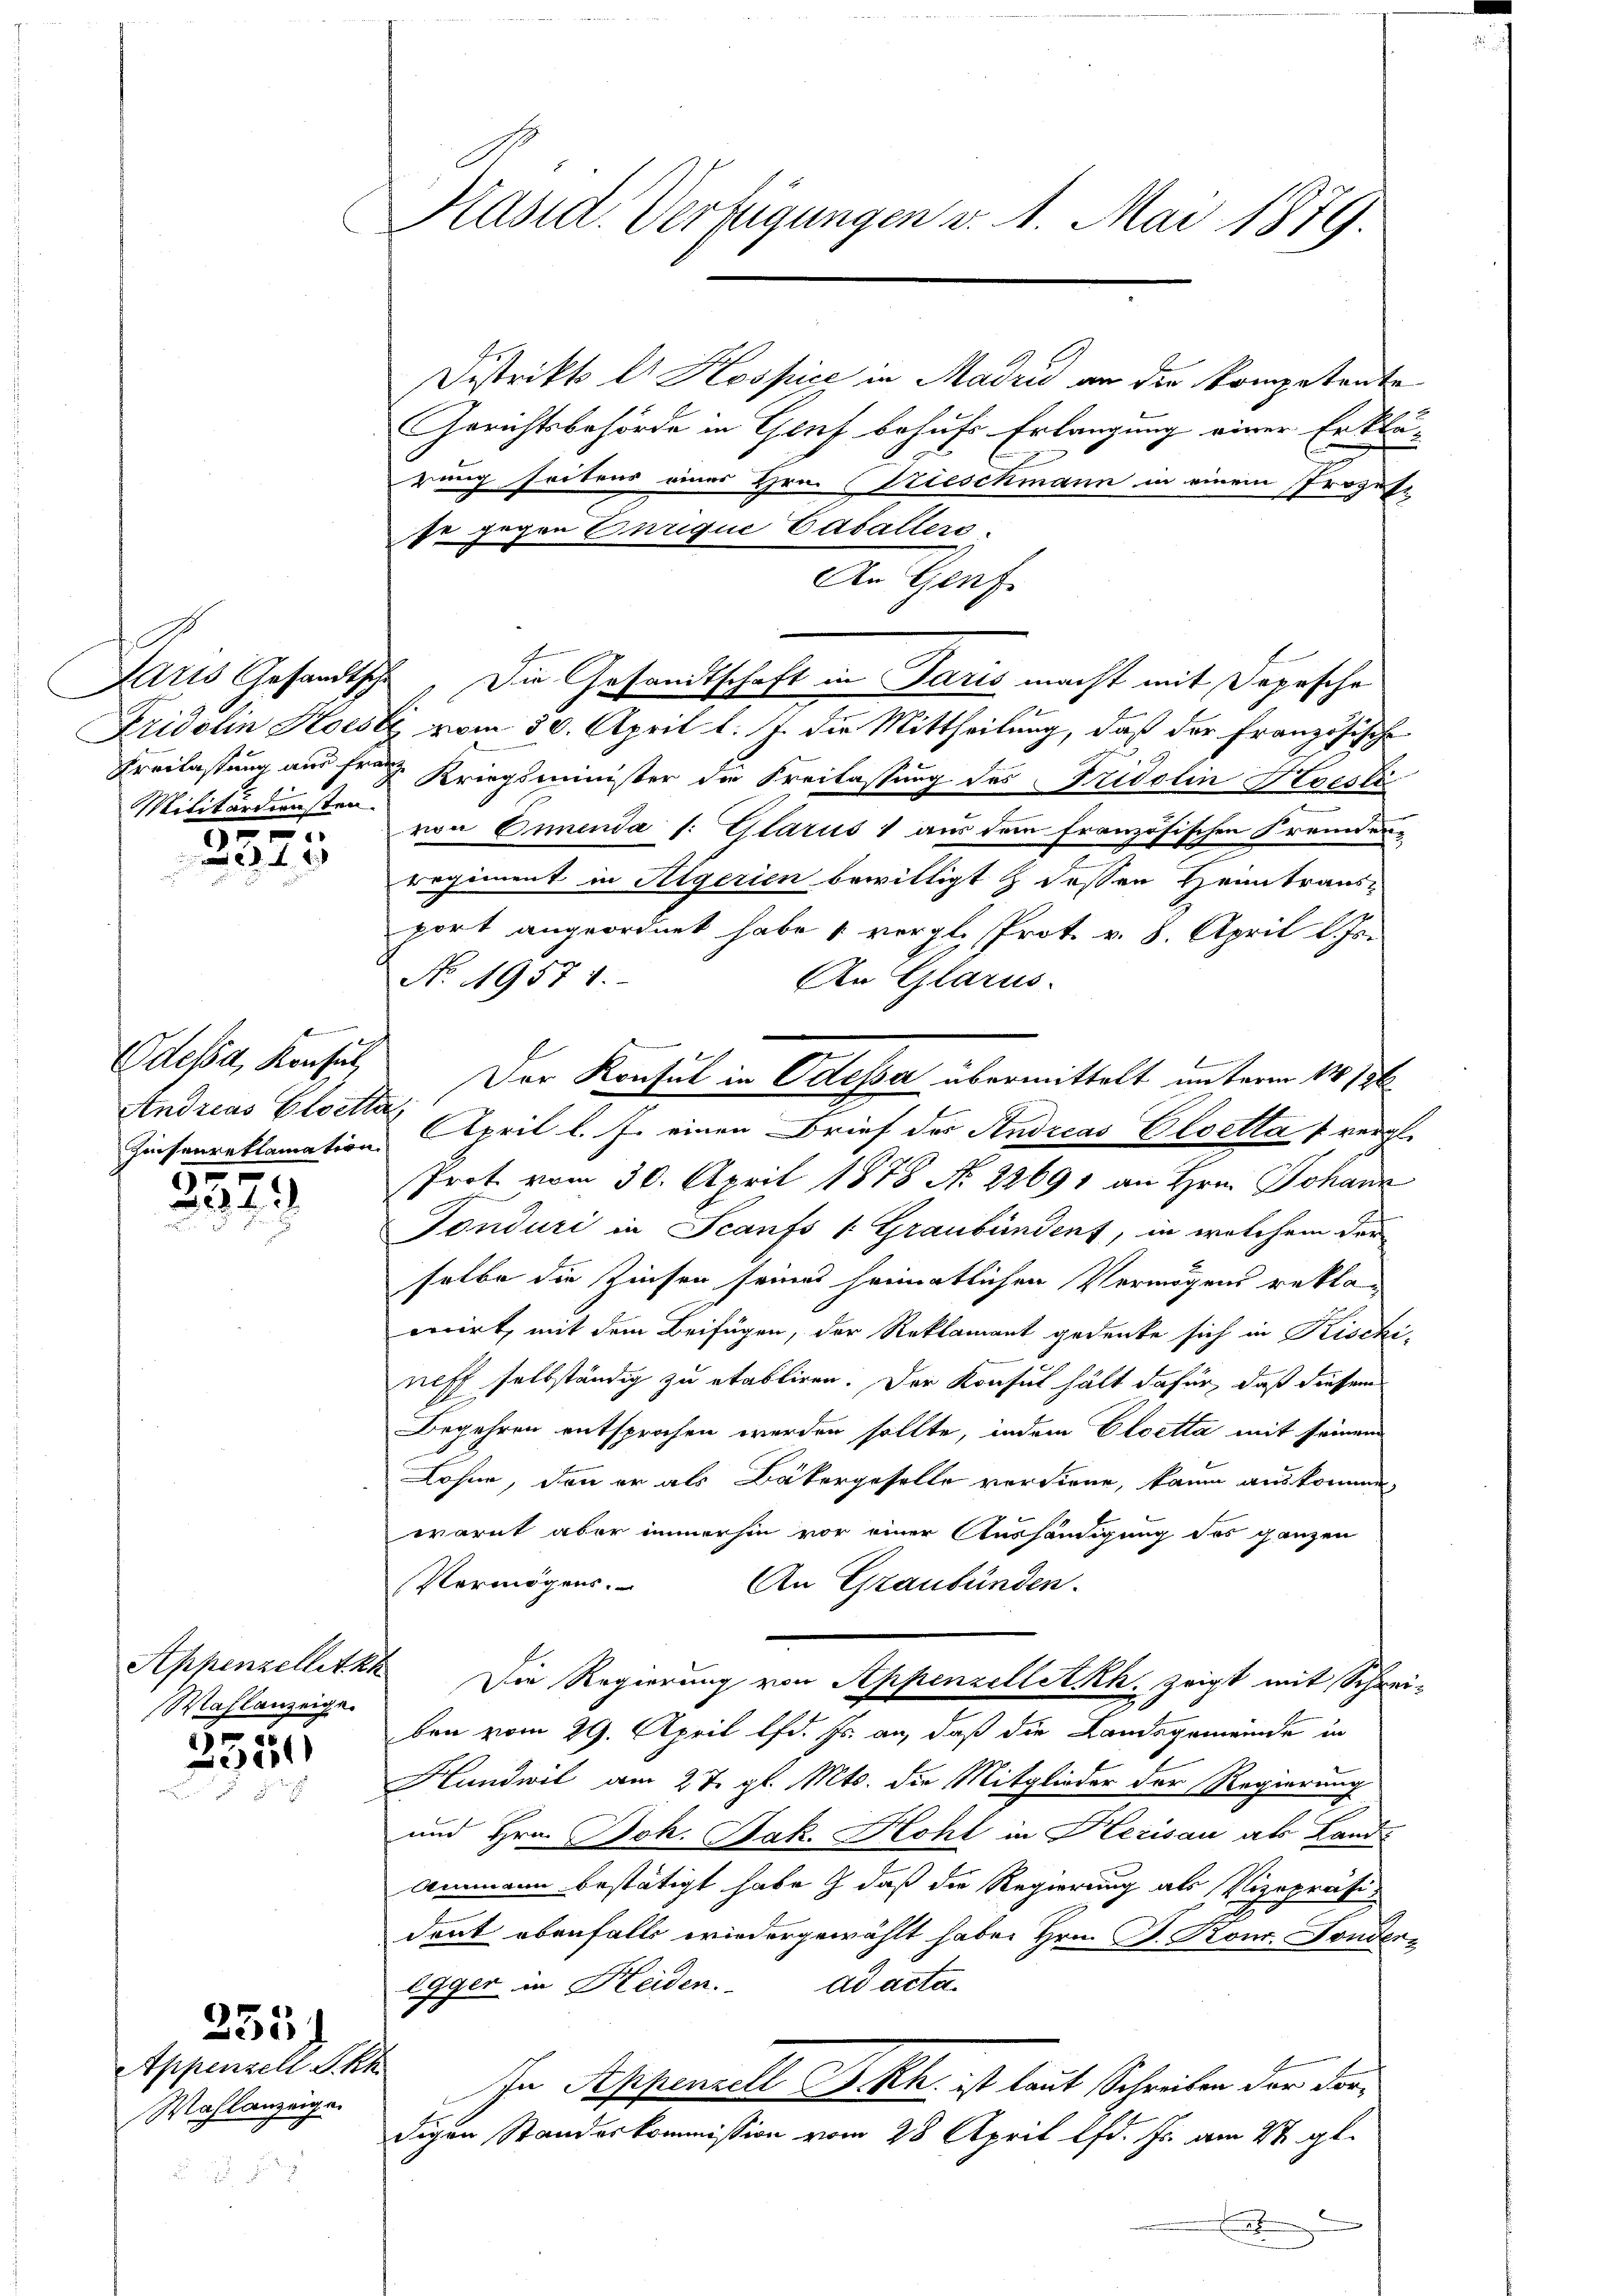
Paris Gesandtsche
Militärdiensten.

r
5
ed. 2

t
Odessa, Konsul
Andreas Eloetta

2373

Wahlanzeige.

2334

Appenzell S. K.
Wahlanzeige.

233.

Käsid. Verfügungen v. 1. Mai 1879.

Distrikts E. Kospice in Madrid an die Kompetente
Gerichtsbehörde in Genf behufs Erlangung einer Erklä-
rung seitens einer Hrn. Trieschmann in einem Prozess
se gegen Enrique Casallers.
A. Hause
Fridolin Horste vom 30. April l. J. die Mittheilung, daß der Französische
Vreilassung aus franz Kriegsminister die Freilassung des Fridolin Hoesli
von Emmenda /: Glarus 1 aus dem französischen Fremdenregiment in Algerien bewilligt & dessen Heimtraus-
port angeordnet habe vergl. Prot. v. 8. April l. Js.
No. 19571.
An Glarus.
hinsenreklamation. April l. J. einen Brief der Studicas Eloetta vergl.
Prot. vom 30. April 1878 No 22691 an Hrn. Johanz
Fonduri in Scanfs v. Graubünden, in welchem der
selbe die Zinsen seines heimatlichen Vermögens reklacerirt, mit dem Beifügen, der Reklamant gedenke sich in Kischi-
neff selbständig zu etabliren. Der Konsul hält dafür, daß diesem
Begehren entsprochen werden sollte, indem Eloetta mit seinem
Lohne, denn er als Bäkergeselle verdiene, kaum auskommen,
warnt aber immerhin vor einer Aushändigung des ganzen
Vermögens.
An Graubünden.
Appenzellitzt. Die Regierung von AppenzellitRh. zeigt mit Schrei-
ben vom 29. April lfd. Js. an, daß die Landsgemeinde in
Handwil am 27. gl. Mts. die Mitglieder der Regierung
und Hrn. Joh. Jak. Hohl in Herisau als Land-
Ammann bestätigt habe & daß die Regierung als Vizepräsidant ebenfalls wiedergewählt habe. Hrn. J. Konr. Fonderegger in Heiden. ad acta.
t
In Appenzell Seckh. ist laut Schreiben der dordigen Standeskommission vom 28 April lfd. Js. am 27. gl.
.

Die Gesandtschaft in Paris macht mit Depesche

Der Konsul in Odessa übermittelt unterm 14. 186